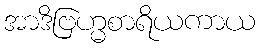
အာဒိဗြဟ္မစာရိယကာယ